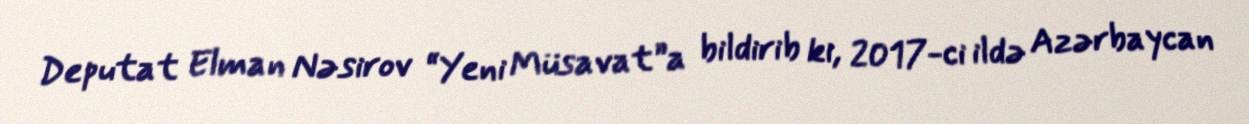
Deputat Elman Nəsirov “Yeni Müsavat”a bildirib ki, 2017-ci ildə Azərbaycan